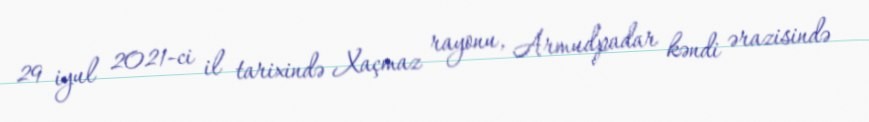
29 iyul 2021-ci il tarixində Xaçmaz rayonu, Armudpadar kəndi ərazisində